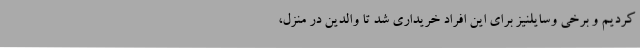
کردیم و برخی وسایلنیز برای این افراد خریداری شد تا والدین در منزل،